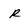
Character: R